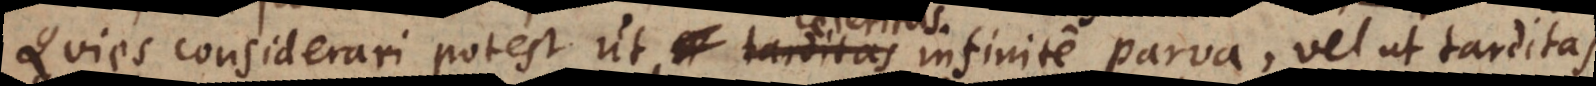
Quies considerari potest ut tarditas infinite parva, vel ut tarditas